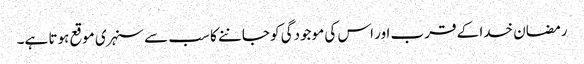
رمضان خدا کے قرب اور اس کی موجودگی کو جاننے کا سب سے سنہری موقع ہوتا ہے۔